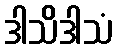
ဒါသိဒါသံ